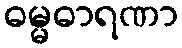
ဓမ္မဓာရဏာ